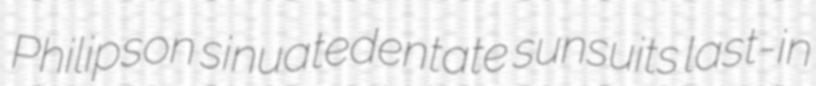
Philipson sinuatedentate sunsuits last-in